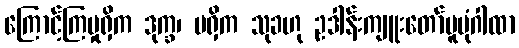
ကြောင့်ကြမှုရှိက ဒုက္ခ၊ မရှိက သုခဟု ဥဒါန်းကျူးတော်မူပုံဂါထာ